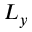
L _ { y }